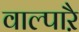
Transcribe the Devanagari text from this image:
वाल्पाऱै